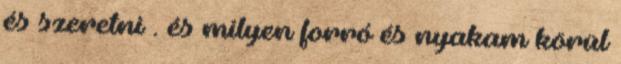
és szeretni . és milyen forró és nyakam körül